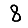
Digit: 8